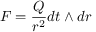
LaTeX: F = \frac { Q } { r ^ { 2 } } d t \wedge d r